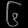
Digit: ၆